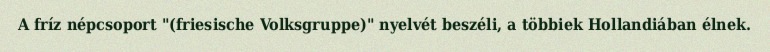
A fríz népcsoport "(friesische Volksgruppe)" nyelvét beszéli, a többiek Hollandiában élnek.